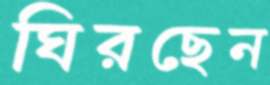
ঘিরছেন